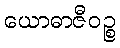
ယောဓာဇီဝဉ္စ